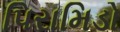
પિરામિડો